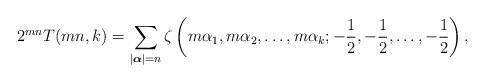
LaTeX: \begin{align*}2^{mn}T(mn,k)=\sum_{|\boldsymbol{\alpha}|=n}\zeta\left(m\alpha_1, m\alpha_2, \ldots, m\alpha_k; -\frac{1}{2}, -\frac{1}{2}, \ldots, -\frac{1}{2}\right),\end{align*}